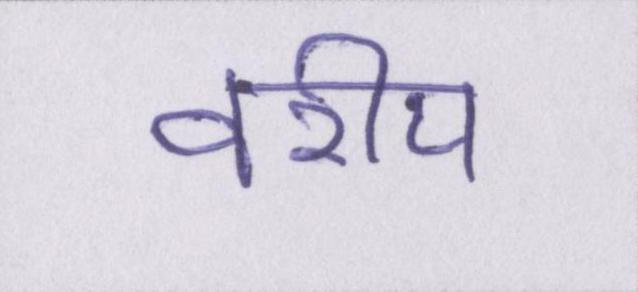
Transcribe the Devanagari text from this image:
वरीय